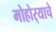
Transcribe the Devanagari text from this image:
मोहोर्‍याचे